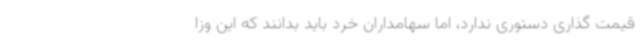
قیمت گذاری دستوری ندارد، اما سهامداران خرد باید بدانند که این وزا